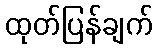
ထုတ်ပြန်ချက်